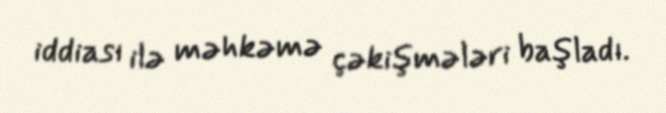
iddiası ilə məhkəmə çəkişmələri başladı.